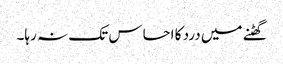
گھٹنے میں درد کا احساس تک نہ رہا۔